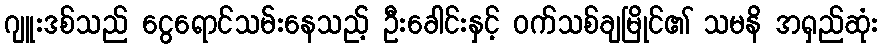
ဂျူးဒစ်သည် ငွေရောင်သမ်းနေသည့် ဦးခေါင်းနှင့် ဝက်သစ်ချမြိုင်၏ သမနိ အရှည်ဆုံး